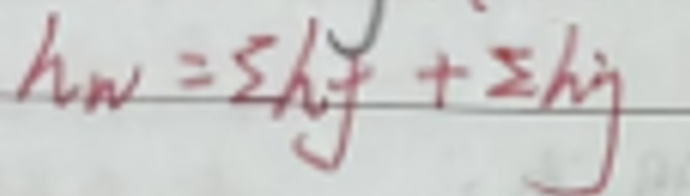
\[ h_w = \sum h_j + \sum h_i \]